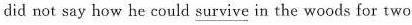
did not say how he could \underline{survive} in the woods for twc